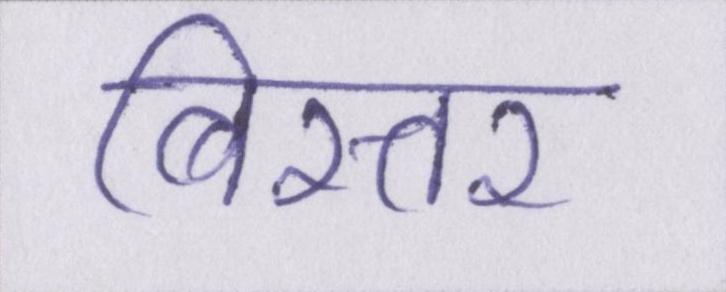
बिस्तर